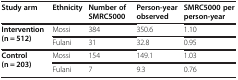
<table><thead><tr><td><b>Study arm</b></td><td><b>Ethnicity</b></td><td><b>Number of SMRC5000</b></td><td><b>Person-year observed</b></td><td><b>SMRC5000 per person-year</b></td></tr></thead><tbody><tr><td rowspan="2"><b>Intervention (n = 512)</b></td><td>Mossi</td><td>384</td><td>350.6</td><td>1.10</td></tr><tr><td>Fulani</td><td>31</td><td>32.8</td><td>0.95</td></tr><tr><td rowspan="2"><b>Control (n = 203)</b></td><td>Mossi</td><td>154</td><td>149.1</td><td>1.03</td></tr><tr><td>Fulani</td><td>7</td><td>9.3</td><td>0.76</td></tr></tbody></table>